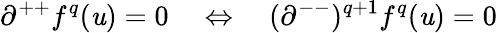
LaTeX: \partial^{++}f^{q}(\mathit{u})=0\quad\Leftrightarrow\quad(\partial^{--})^{q+1}f^{q}(\mathit{u})=0